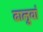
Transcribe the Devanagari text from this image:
ढालुवां